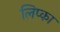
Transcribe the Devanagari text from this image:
लिप्का